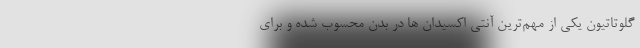
گلوتاتیون یکی از مهم‌ترین آنتی اکسیدان ها در بدن محسوب شده و برای